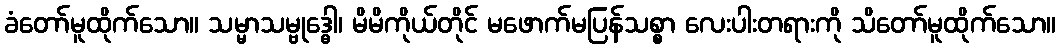
ခံတော်မူထိုက်သော။ သမ္မာသမ္ဗုဒ္ဓေါ၊ မိမိကိုယ်တိုင် မဖောက်မပြန်သစ္စာ လေးပါးတရားကို သိတော်မူထိုက်သော။